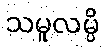
သမူလမ္ပိ